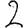
Digit: 2